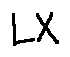
L X